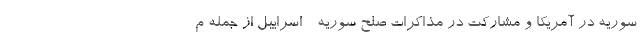
سوریه در آمریکا و مشارکت در مذاکرات صلح سوریه - اسراییل از جمله م